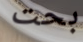
بحت